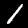
Label: 1